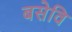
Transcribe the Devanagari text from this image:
बसेवि